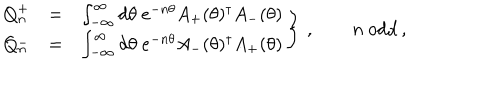
\left. \begin{array} { r c l } { { Q _ { n } ^ { + } } } & { { = } } & { { \int _ { - \infty } ^ { \infty } d \theta \ e ^ { - n \theta } A _ { + } ( \theta ) ^ { \dagger } A _ { - } ( \theta ) } } \\ { { Q _ { n } ^ { - } } } & { { = } } & { { \int _ { - \infty } ^ { \infty } d \theta \ e ^ { - n \theta } A _ { - } ( \theta ) ^ { \dagger } A _ { + } ( \theta ) } } \\ \end{array} \right\} \, , \qquad n { \mathrm { ~ o d d } } \, ,